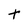
Character: t